Annual report of the Punjab Veterinary College and of the Civil Veterinary Department, Punjab - 1909-1919
Year: 1909
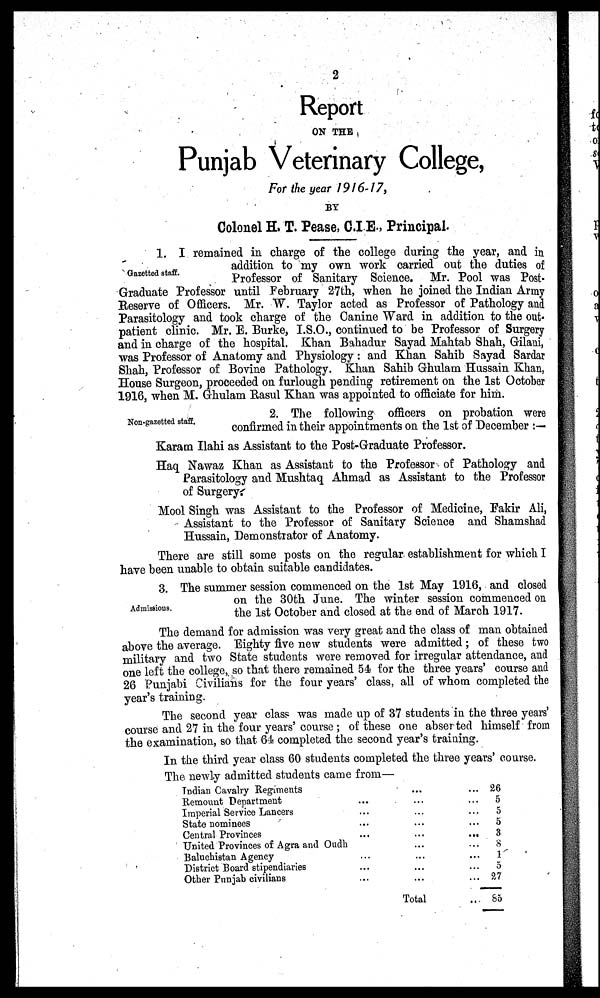
2
Report
ON THE
Punjab Veterinary College,
For the year 1916-17,
BY
Colonel H. T. Pease, C.I.E., Principal.
Gazetted staff.
1. I remained in charge of the college during the year, and in
addition to my own work carried out the duties of
Professor of Sanitary Science. Mr. Pool was Post-
Graduate Professor until February 27th, when he joined the Indian Army
Reserve of Officers. Mr. W. Taylor acted as Professor of Pathology and
Parasitology and took charge of the Canine Ward in addition to the out-
patient clinic. Mr. E. Burke, I.S.O., continued to be Professor of Surgery
and in charge of the hospital. Khan Bahadur Sayad Mahtab Shah, Gilani,
was Professor of Anatomy and Physiology : and Khan Sahib Sayad Sardar
Shah, Professor of Bovine Pathology. Khan Sahib Ghulam Hussain Khan,
House Surgeon, proceeded on furlough pending retirement on the 1st October
1916, when M. Ghulam Rasul Khan was appointed to officiate for him.
Non-gazetted staff.
2. The following officers on probation were
confirmed in their appointments on the 1st of December :—
Karam Ilahi as Assistant to the Post-Graduate Professor.
Haq Nawaz Khan as Assistant to the Professor of Pathology and
Parasitology and Mushtaq Ahmad as Assistant to the Professor
of Surgery.
Mool Singh was Assistant to the Professor of Medicine, Fakir Ali,
Assistant to the Professor of Sanitary Science and Shamshad
Hussain, Demonstrator of Anatomy.
There are still some posts on the regular establishment for which I
have been unable to obtain suitable candidates.
Admissious.
3. The summer session commenced on the 1st May 1916, and closed
on the 30th June. The winter session commenced on
the 1st October and closed at the end of March 1917.
The demand for admission was very great and the class of man obtained
above the average. Eighty five new students were admitted ; of these two
military and two State students were removed for irregular attendance, and
one left the college, so that there remained 54 for the three years' course and
26 Punjabi Civilians for the four years' class, all of whom completed the
year's training.
The second year class was made up of 37 students in the three years'
course and 27 in the four years' course ; of these one abserted himself from
the examination, so that 64 completed the second year's training.
In the third year class 60 students completed the three years' course.
The newly admitted students came from—
Indian Cavalry Regiments
Remount Department
Imperial Service Lancers
State nominees
Central Provinces
United Provinces of Agra and Oudh
Baluchistan Agency
District Board stipendiaries
Other Punjab civilians
...
...
...
...
...
...
...
...
...
...
...
...
...
...
...
...
...
...
Total
...
...
...
...
...
...
...
...
...
26
5
5
5
3
IS
1
5
27
So